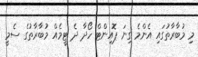
މި މުބާރާތުގައި އެންމެ ގިނަ ޕޮއިންޓް ހޯދާ ދެ ޓީމެއް މުބާރާތުގެ ސެމީ